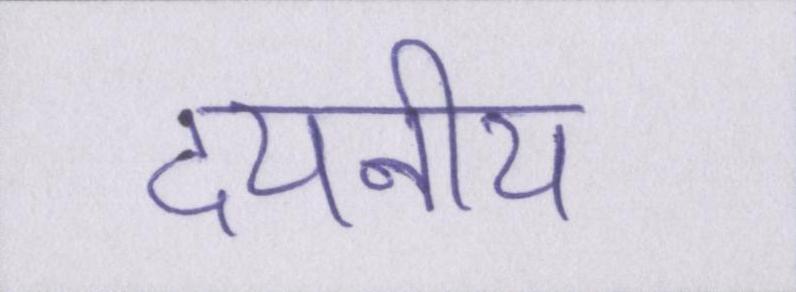
दयनीय